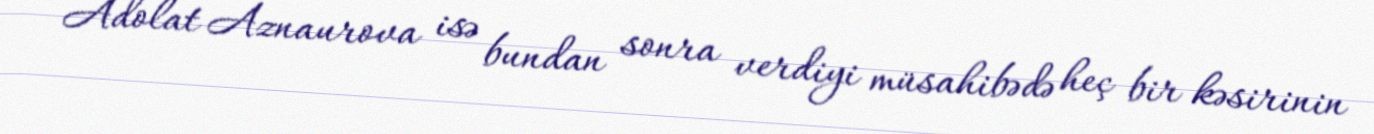
Adolat Aznaurova isə bundan sonra verdiyi müsahibədə heç bir kəsirinin